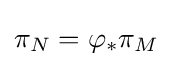
\pi _{N}=\varphi _{*}\pi _{M}